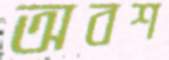
অবশ